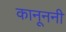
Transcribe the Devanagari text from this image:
कानूननी